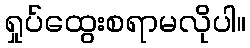
ရှုပ်ထွေးစရာမလိုပါ။